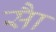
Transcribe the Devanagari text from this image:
साै